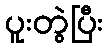
ပူးတွဲပြီး